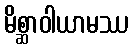
မိစ္ဆာဝါယာမဿ